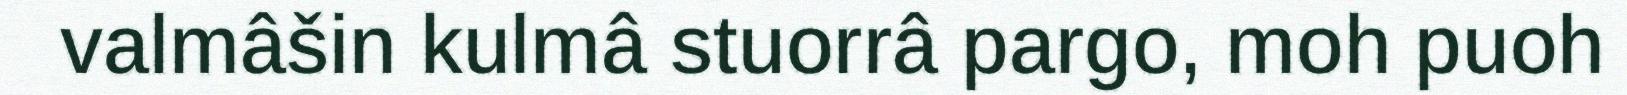
valmâšin kulmâ stuorrâ pargo, moh puoh